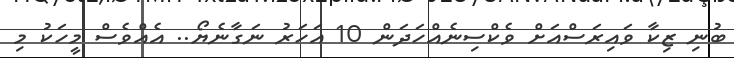
ބުނި ޒިކާ ވައިރަސްއަށް ވެކްސިނެއްހަދަން 10 އަހަރު ނަގާނެޔޯ.. އެއްވެސް މީހަކު މި